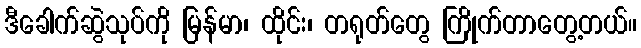
ဒီခေါက်ဆွဲသုပ်ကို မြန်မာ၊ ထိုင်း၊ တရုတ်တွေ ကြိုက်တာတွေ့တယ်။